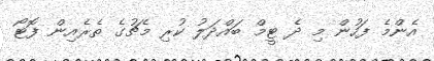
އެންމެ ފަހުން މި ދެ ޓީމް ބައްދަލު ކުރި މެޗުގެ ތެރެއިން ފޮޓޯ